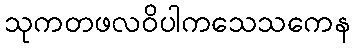
သုကတဖလဝိပါကသေသကေန